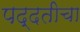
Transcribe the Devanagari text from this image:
पद्दतीचा